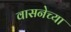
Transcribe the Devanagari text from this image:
वासनेच्या